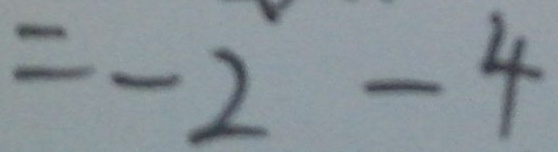
= - 2 - 4